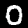
Digit: 0